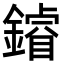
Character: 𨬴